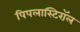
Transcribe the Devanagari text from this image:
पिपलास्टिरॉल